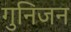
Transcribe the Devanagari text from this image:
गुनिजन